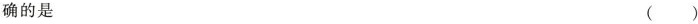
确的是 ( )